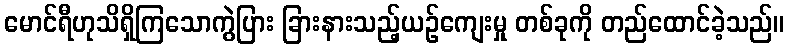
မောင်ရီဟုသိရှိကြသောကွဲပြား ခြားနားသည့်ယဉ်ကျေးမှု တစ်ခုကို တည်ထောင်ခဲ့သည်။